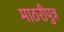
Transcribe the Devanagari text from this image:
माठरीपुत्र